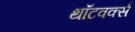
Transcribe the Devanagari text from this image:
थॉटवर्क्स